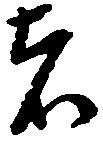
者